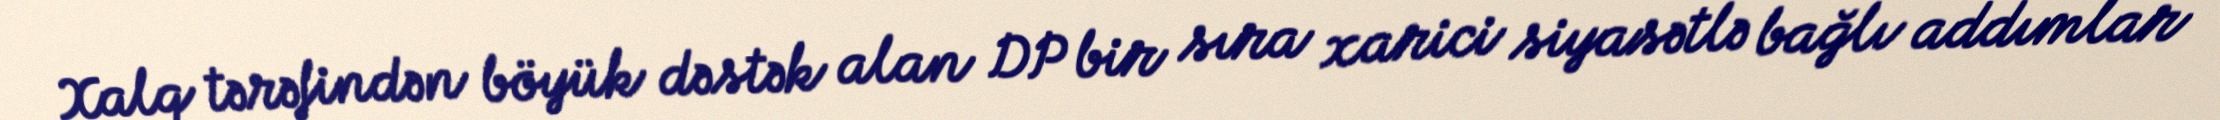
Xalq tərəfindən böyük dəstək alan DP bir sıra xarici siyasətlə bağlı addımlar